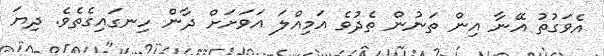
އެވަގުތު އޭނާ އިން ތަނުން ތެދުވެ އަމިއްލަ އަވަށަށް ދާން ހިނގައިގެތެވެ. ދިޔަ